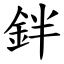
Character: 鉡